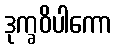
ဒုက္ခဝိပါကော